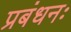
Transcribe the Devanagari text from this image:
प्रबंधनः